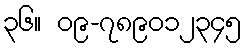
၃၆။ ၀၉-၇၈၉၀၁၂၃၄၅